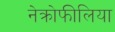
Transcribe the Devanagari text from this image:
नेक्रोफीलिया